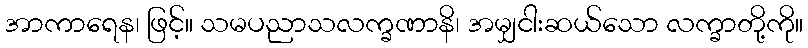
အာကာရေန၊ ဖြင့်။ သမပညာသလက္ခဏာနိ၊ အမျှငါးဆယ်သော လက္ခာတို့ကို။